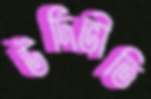
উর্দিভীতি